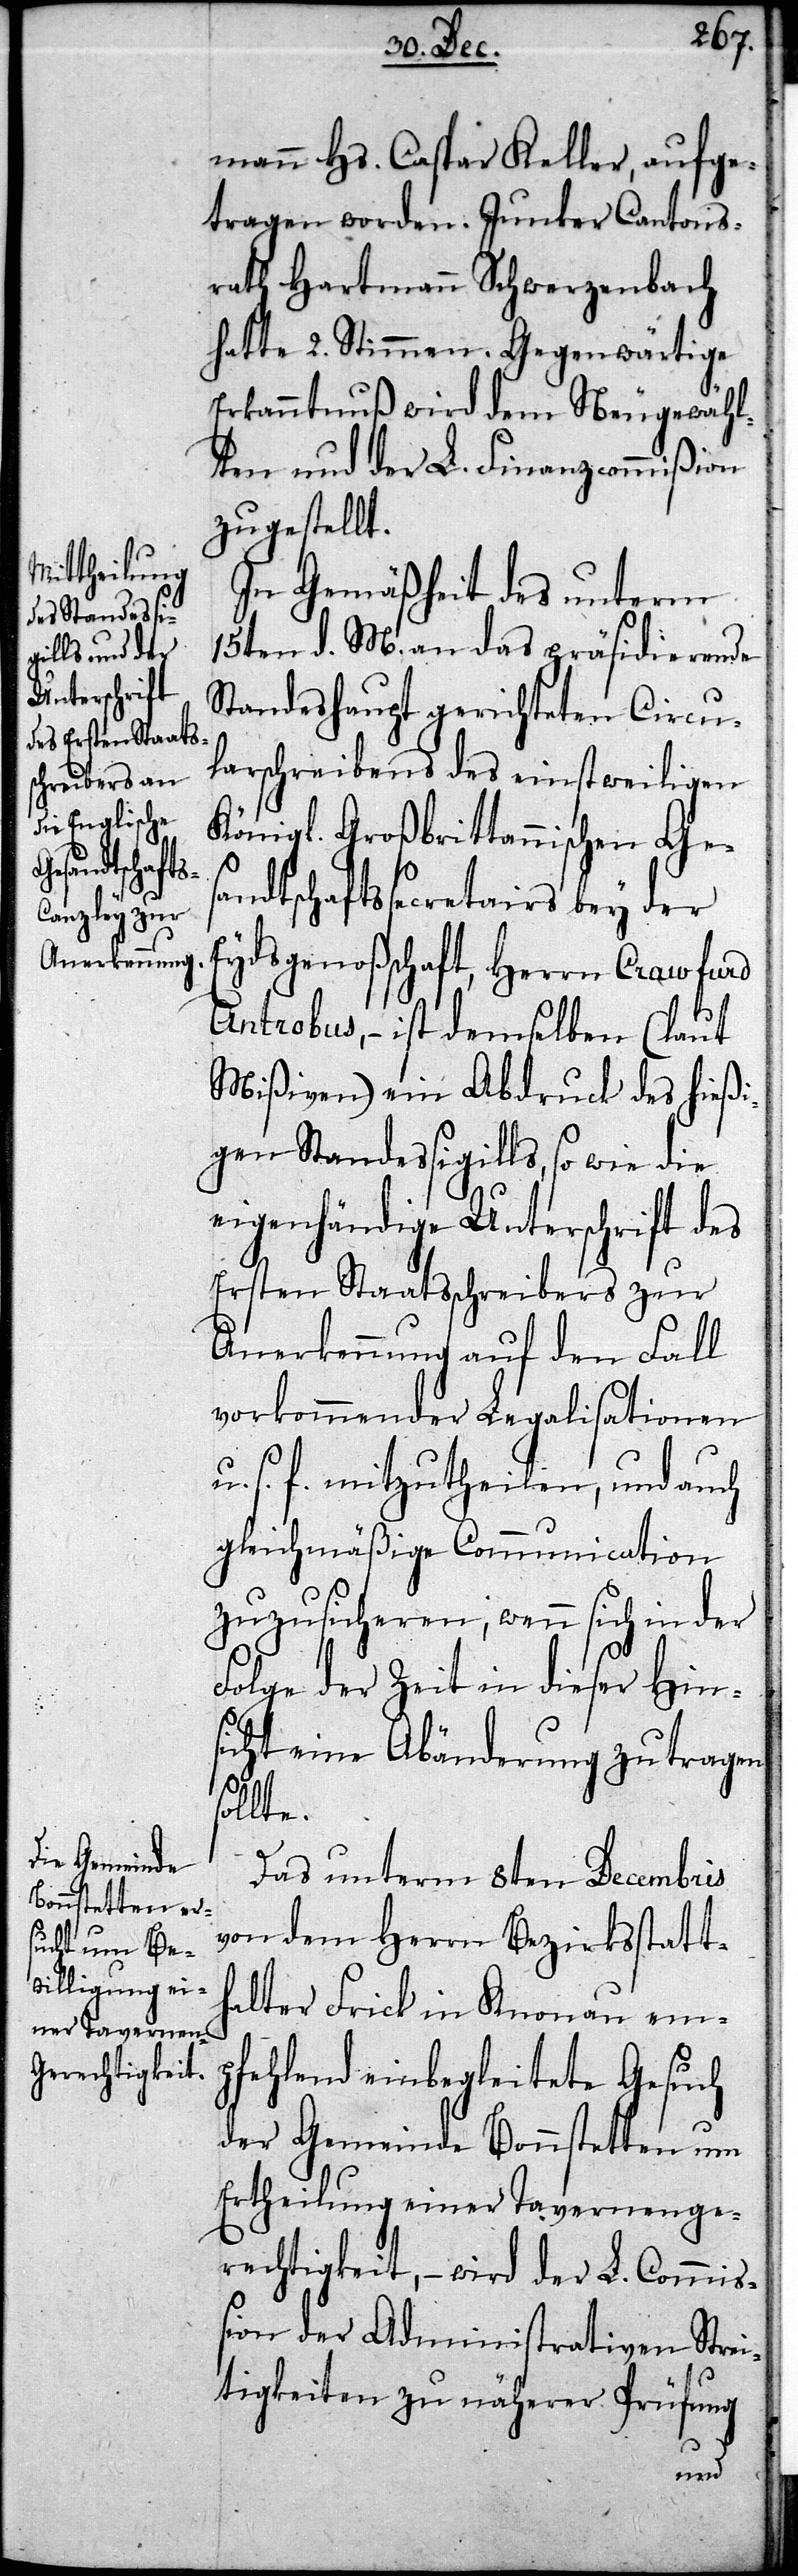
mann Hs. Caspar Keller, aufge¬
tragen worden. Junker Cantons¬
rath Hartmann Schwerzenbach
hatte 2. Stimmen. Gegenwärtige
Erkanntnuß wird dem Neugewähl¬
ten und der L. Finanzcommißion
zugestellt.
In Gemäßheit des unterm
15ten d. M. an das präsidierende
Standeshaupt gerichteten Circu¬
larschreibens des einstweiligen
Königl. Großbrittannischen Ge¬
sandtschaftssecretairs bey der
Eydsgenoßenschaft, Herrn Crawford
Antrobus, – ist demselben (laut
Mißiven) ein Abdruck des hießi¬
gen Standessigills, so wie die
eigenhändige Unterschrift des
Ersten Staatsschreibers zur
Anerkennung auf den Fall
vorkommender Legalisationen
s. f. mitzutheilen, und auch
gleichmäßige Communication
zuzusicheren, wenn sich in der
Folge der Zeit in dieser Hin¬
sicht eine Abänderung zutragen
sollte.
Das unterm 8ten Decembris
von dem Herrn Bezirksstatt¬
halter Frick in Knonau em¬
pfehlend einbegleitete Gesuch
der Gemeinde Bonnstetten um
Ertheilung einer Tavernenge¬
rechtigkeit, – wird der L. Commiß¬
ion der Administrativen Strei¬
tigkeiten zu näherer Prüfung